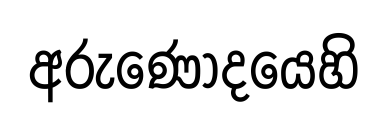
අරුණෝදයෙහි